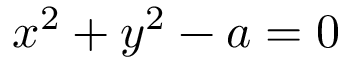
x ^ { 2 } + y ^ { 2 } - a = 0